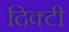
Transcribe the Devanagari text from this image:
दिक्टी